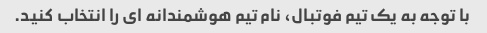
با توجه به یک تیم فوتبال، نام تیم هوشمندانه ای را انتخاب کنید.